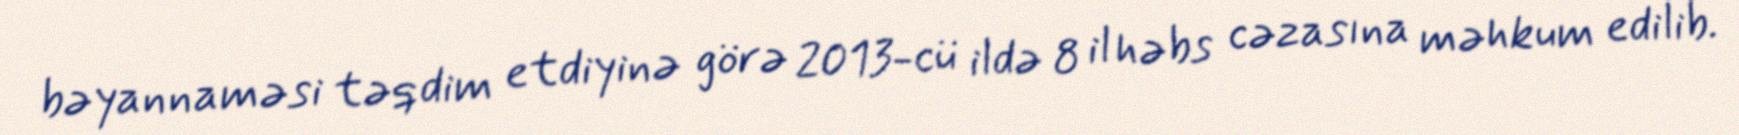
bəyannaməsi təqdim etdiyinə görə 2013-cü ildə 8 il həbs cəzasına məhkum edilib.